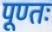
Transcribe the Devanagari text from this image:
पूण्तः